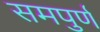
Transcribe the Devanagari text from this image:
समपुर्ण